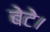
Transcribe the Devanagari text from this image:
बेटे।